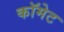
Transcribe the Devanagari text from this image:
कॉमेट